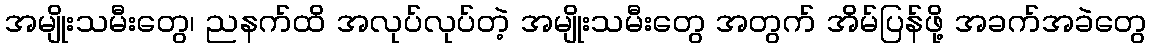
အမျိုးသမီးတွေ၊ ညနက်ထိ အလုပ်လုပ်တဲ့ အမျိုးသမီးတွေ အတွက် အိမ်ပြန်ဖို့ အခက်အခဲတွေ